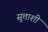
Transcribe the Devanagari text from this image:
सुत्ताशी